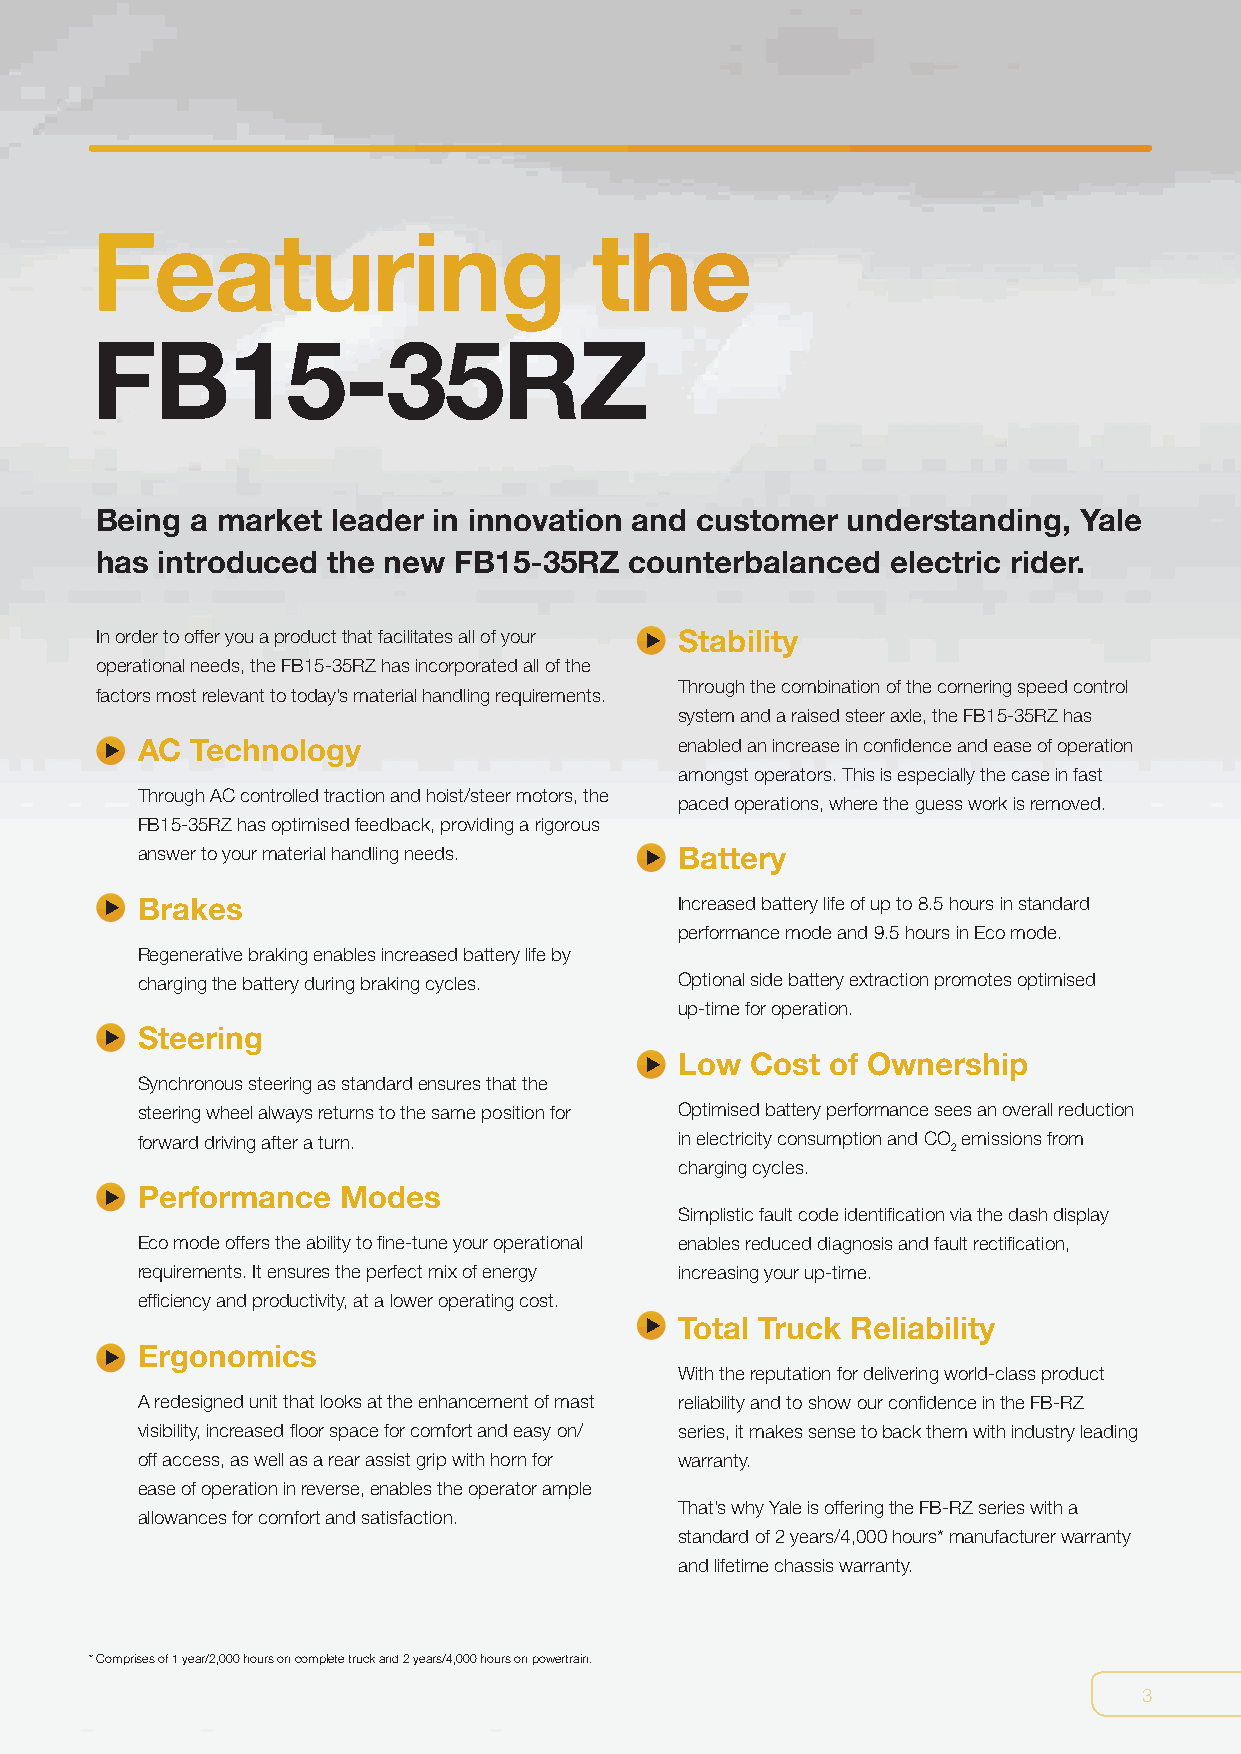
Featuring                        the
 FB15-35RZ
 Being  a market leader in innovation and customer understanding, Yale
 has introduced  the new FB15-35RZ   counterbalanced  electric rider.
 In order to offer you a product that facilitates all of your Stability
 operational needs, the FB15-35RZ has incorporated all of the
 Through the combination of the cornering speed control
 factors most relevant to today’s material handling requirements.
 system and a raised steer axle, the FB15-35RZ has
 AC  Technology                      enabled an increase in confidence and ease of operation
 amongst operators. This is especially the case in fast
 Through AC controlled traction and hoist/steer motors, the
 paced operations, where the guess work is removed.
 FB15-35RZ has optimised feedback, providing a rigorous
 answer to your material handling needs. Battery
 Brakes                              Increased battery life of up to 8.5 hours in standard
 performance mode and 9.5 hours in Eco mode.
 Regenerative braking enables increased battery life by
 charging the battery during braking cycles. Optional side battery extraction promotes optimised
 up-time for operation.
 Steering
 Low  Cost of Ownership
 Synchronous steering as standard ensures that the
 steering wheel always returns to the same position for Optimised battery performance sees an overall reduction
 forward driving after a turn.       in electricity consumption and CO emissions from
 2
 charging cycles.
 Performance  Modes
 Simplistic fault code identification via the dash display
 Eco mode offers the ability to fine-tune your operational enables reduced diagnosis and fault rectification,
 requirements. It ensures the perfect mix of energy increasing your up-time.
 efficiency and productivity, at a lower operating cost.
 Total Truck Reliability
 Ergonomics
 With the reputation for delivering world-class product
 A redesigned unit that looks at the enhancement of mast reliability and to show our confidence in the FB-RZ
 visibility, increased floor space for comfort and easy on/ series, it makes sense to back them with industry leading
 off access, as well as a rear assist grip with horn for warranty.
 ease of operation in reverse, enables the operator ample
 That’s why Yale is offering the FB-RZ series with a
 allowances for comfort and satisfaction.
 standard of 2 years/4,000 hours* manufacturer warranty
 and lifetime chassis warranty.
 * Comprises of 1 year/2,000 hours on complete truck and 2 years/4,000 hours on powertrain.
 3
 ▼
 ▼
 ▼
 ▼
 ▼
 ▼
 ▼
 ▼
 ▼